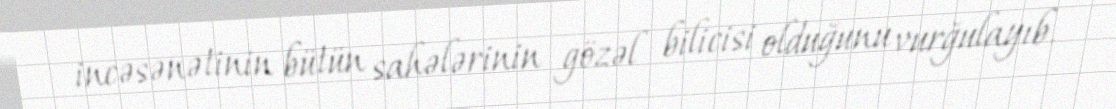
incəsənətinin bütün sahələrinin gözəl bilicisi olduğunu vurğulayıb.